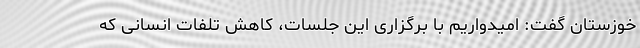
خوزستان گفت: امیدواریم با برگزاری این جلسات، کاهش تلفات انسانی که